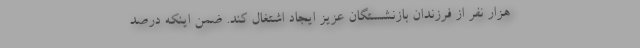
هزار نفر از فرزندان بازنشستگان عزیز ایجاد اشتغال کند. ضمن اینکه درصد